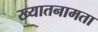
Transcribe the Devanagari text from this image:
ख्यातनामता